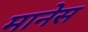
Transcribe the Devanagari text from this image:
मानेस